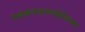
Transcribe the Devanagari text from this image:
एकसमयावच्छेदेकरून